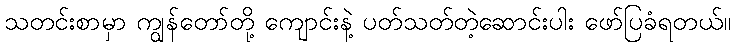
သတင်းစာမှာ ကျွန်တော်တို့ ကျောင်းနဲ့ ပတ်သတ်တဲ့ဆောင်းပါး ဖော်ပြခံရတယ်။